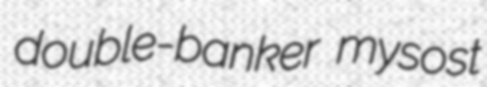
double-banker mysost